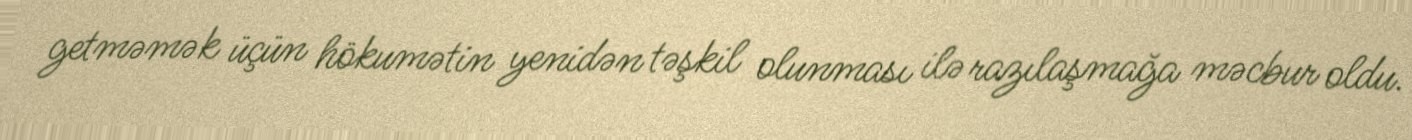
getməmək üçün hökumətin yenidən təşkil olunması ilə razılaşmağa məcbur oldu.